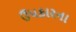
ઉપકારના